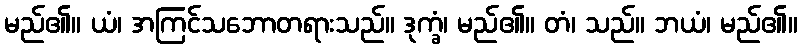
မည်၏။ ယံ၊ အကြင်သဘောတရားသည်။ ဒုက္ခံ၊ မည်၏။ တံ၊ သည်။ ဘယံ၊ မည်၏။